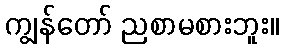
ကျွန်တော် ညစာမစားဘူး။